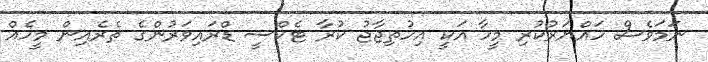
ނަމަވެސް ހައްޔަރުކުރި މީހާ އަކީ އިހުތިޖާޖު ކުރާ ޓެކްސީ ޑްރައިވަރުންގެ ތެރެއިން މީހެއް